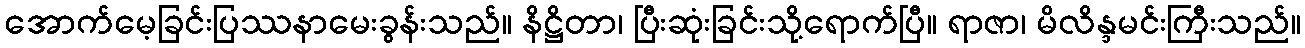
အောက်မေ့ခြင်းပြဿနာမေးခွန်းသည်။ နိဋ္ဌိတာ၊ ပြီးဆုံးခြင်းသို့ရောက်ပြီ။ ရာဇာ၊ မိလိန္ဒမင်းကြီးသည်။